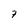
Character: 7